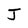
Character: J